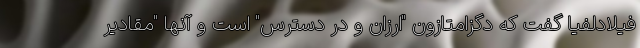
فیلادلفیا گفت که دگزامتازون "ارزان و در دسترس" است و آنها "مقادیر